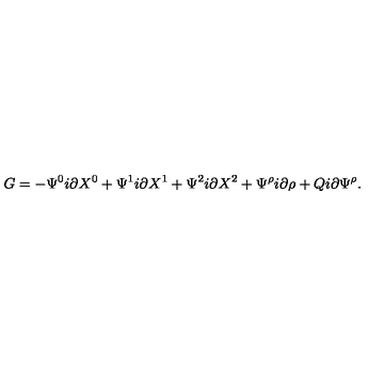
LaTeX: G = - \Psi ^ { 0 } i \partial X ^ { 0 } + \Psi ^ { 1 } i \partial X ^ { 1 } + \Psi ^ { 2 } i \partial X ^ { 2 } + \Psi ^ { \rho } i \partial \rho + Q i \partial \Psi ^ { \rho } .